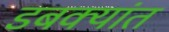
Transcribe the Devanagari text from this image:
डबक्यांत